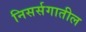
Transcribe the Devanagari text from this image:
निसर्सगातील